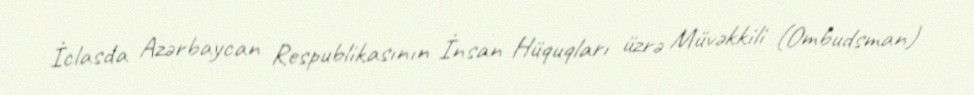
İclasda Azərbaycan Respublikasının İnsan Hüquqları üzrə Müvəkkili (Ombudsman)